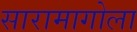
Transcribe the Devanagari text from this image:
सारामागोला